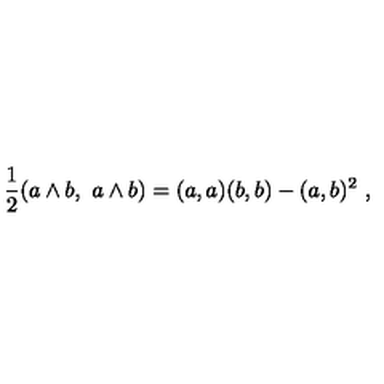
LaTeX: { \frac { 1 } { 2 } } ( a \wedge b , \ a \wedge b ) = ( a , a ) ( b , b ) - ( a , b ) ^ { 2 } \ ,